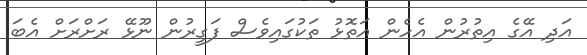
އަދި އޭގެ އިތުރުން އެހެން އަތޮޅު ތަކުގައިވެސް ފަގީރުން ނޫޅޭ ރަށްރަށް އެބަ